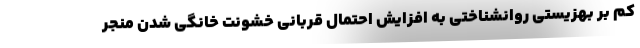
کم بر بهزیستی روانشناختی به افزایش احتمال قربانی خشونت خانگی شدن منجر